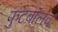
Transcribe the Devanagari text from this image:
फुटबॉलव